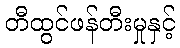
တီထွင်ဖန်တီးမှုနှင့်